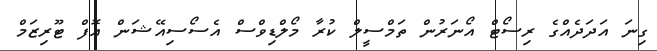
ގިނަ އަދަދެއްގެ ރިސޯޓް އޯނަރުން ތަމްސީލް ކުރާ މޯލްޑިވްސް އެސޯސިއޭޝަން އޮފް ޓޫރިޒަމް